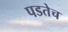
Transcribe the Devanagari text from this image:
पडतेच